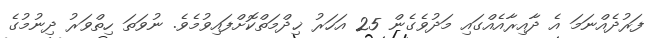
ފަރުދެއްނަމަ އެ ދާއިރާއެއްގައި މަދުވެގެން 25 އަހަރު ޚިދްމަތްކޮށްފައިވުމެވެ. ނުވަތަ ހިތްވަރު ދިނުމުގެ